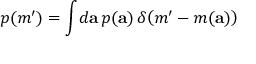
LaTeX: p ( m ^ { \prime } ) = \int \! d { \bf a } \, p ( { \bf a } ) \, \delta \! \left( m ^ { \prime } - m ( { \bf a } ) \right)